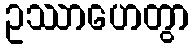
ဥဿာဟေတွာ